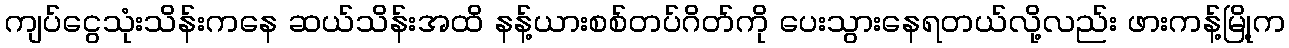
ကျပ်ငွေသုံးသိန်းကနေ ဆယ်သိန်းအထိ နန့်ယားစစ်တပ်ဂိတ်ကို ပေးသွားနေရတယ်လို့လည်း ဖားကန့်မြို့က